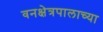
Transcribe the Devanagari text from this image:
वनक्षेत्रपालाच्या